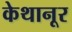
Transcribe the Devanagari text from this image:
केथानूर